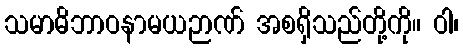
သမာဓိဘာဝနာမယဉာဏ် အစရှိသည်တို့ကို။ ဝါ၊